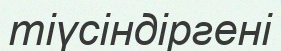
тіүсіндіргені